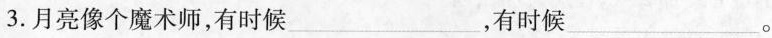
3.月亮像个魔术师，有时候___ ，有时候___。